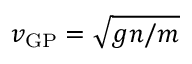
v _ { \mathrm { G P } } = \sqrt { g n / m }